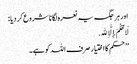
اور ہر جگہ یہ نعرہ لگانا شروع کر دیا :
لَا حُکْمَ إِلَّا ِﷲ.
’’حکم کا اختیار صرف اللہ کو ہے۔